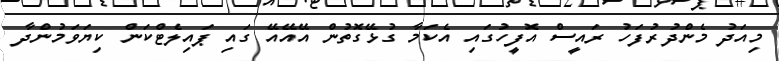
މިއަދު މެންދުރުފަހު ރައީސް އޮފީހުގައި އެކަމާ ގުޅޭގޮތުން އޭއޭއޭ ގައި ޕައިލެޓްކަން ކިޔަވަމުންދާ